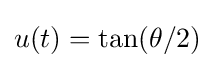
u(t)=\tan(\theta /2)